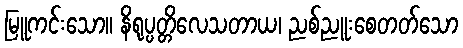
မြူကင်းသော။ နိရုပ္ပတ္တိလေသတာယ၊ ညစ်ညူးစေတတ်သော